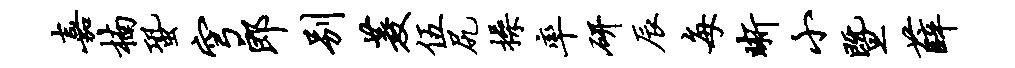
嘉楠蛩穹郎别菱伍尻操率研辰每晰小暨薛